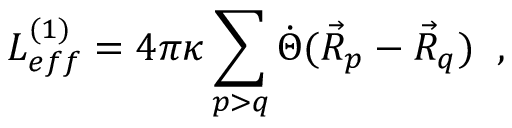
L _ { e f f } ^ { ( 1 ) } = 4 \pi \kappa \sum _ { p > q } \dot { \Theta } ( \vec { R } _ { p } - \vec { R } _ { q } ) \; \; ,